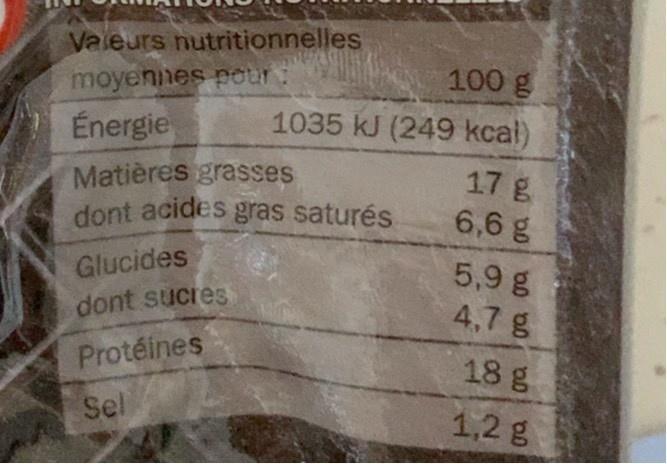
Valeurs nutritionnelles
moyennes pour:
100 g
Énergie
1035 kJ (249 kcal)
Matières grasses dont acides gras saturés
17 g 6,6 g
5,9 g 4,7 g
Glucides
dont sucres
Protéines
18 g
Sel
1,2 g